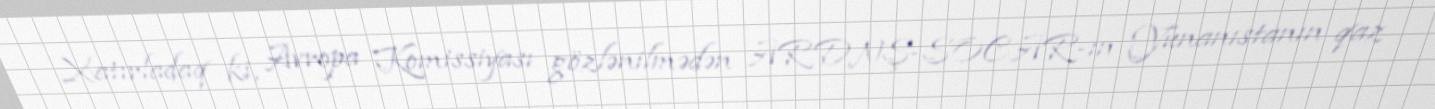
Xatırladaq ki, Avropa Komissiyası gözlənilmədən ARDNŞ-SOCAR-ın Yunanıstanın qaz